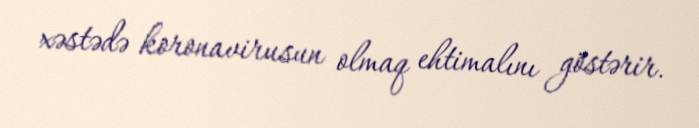
xəstədə koronavirusun olmaq ehtimalını göstərir.